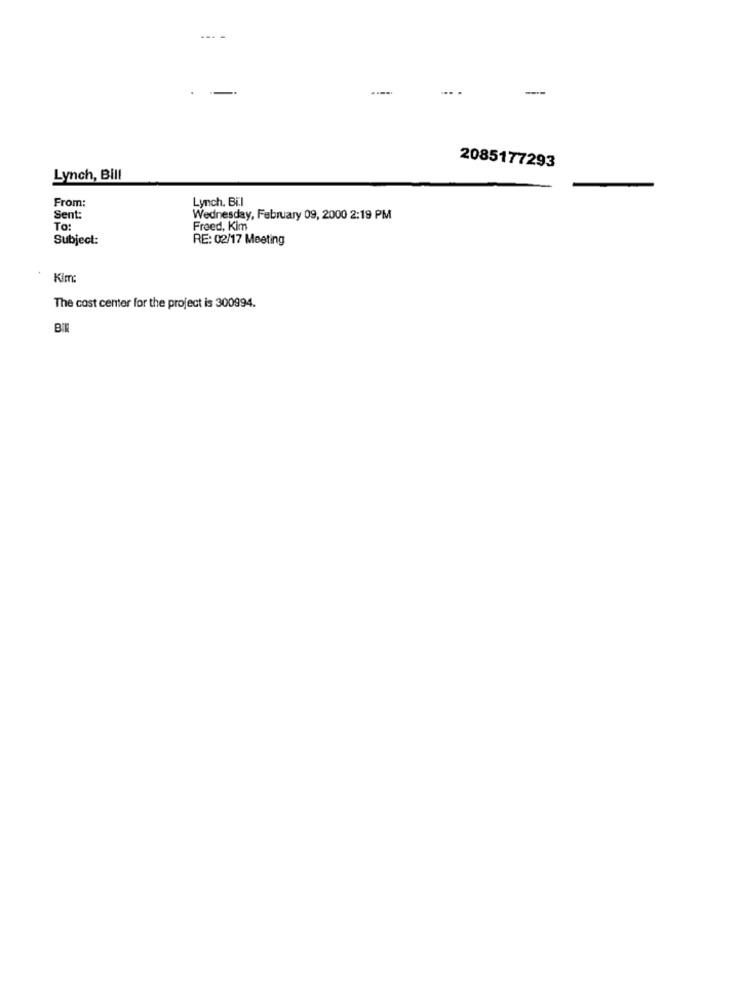
-- -
2085177293
Lynch, Bill
From:
Lynch, Bil
Sent:
Wednesday, February 09, 2000 2:19 PM
To:
Freed, Kim
Subject:
RE: 02/17 Meeting
Kim:
The cost center for the project is 300994.